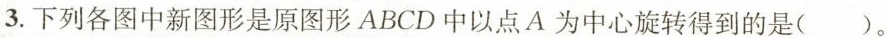
3.下列各图中新图形是原图形ABCD中以点A为中心旋转得到的是( )。